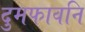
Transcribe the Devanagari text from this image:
दुमफावनि